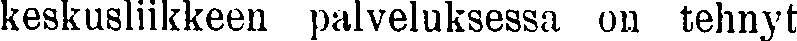
keskusliikkeen palveluksessa on tehnyt